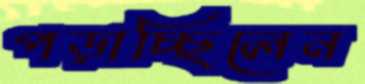
পড়াচ্ছিলেন